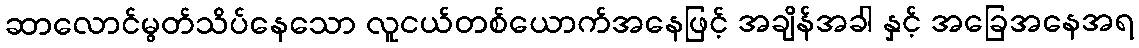
ဆာလောင်မွတ်သိပ်နေသော လူငယ်တစ်ယောက်အနေဖြင့် အချိန်အခါ နှင့် အခြေအနေအရ